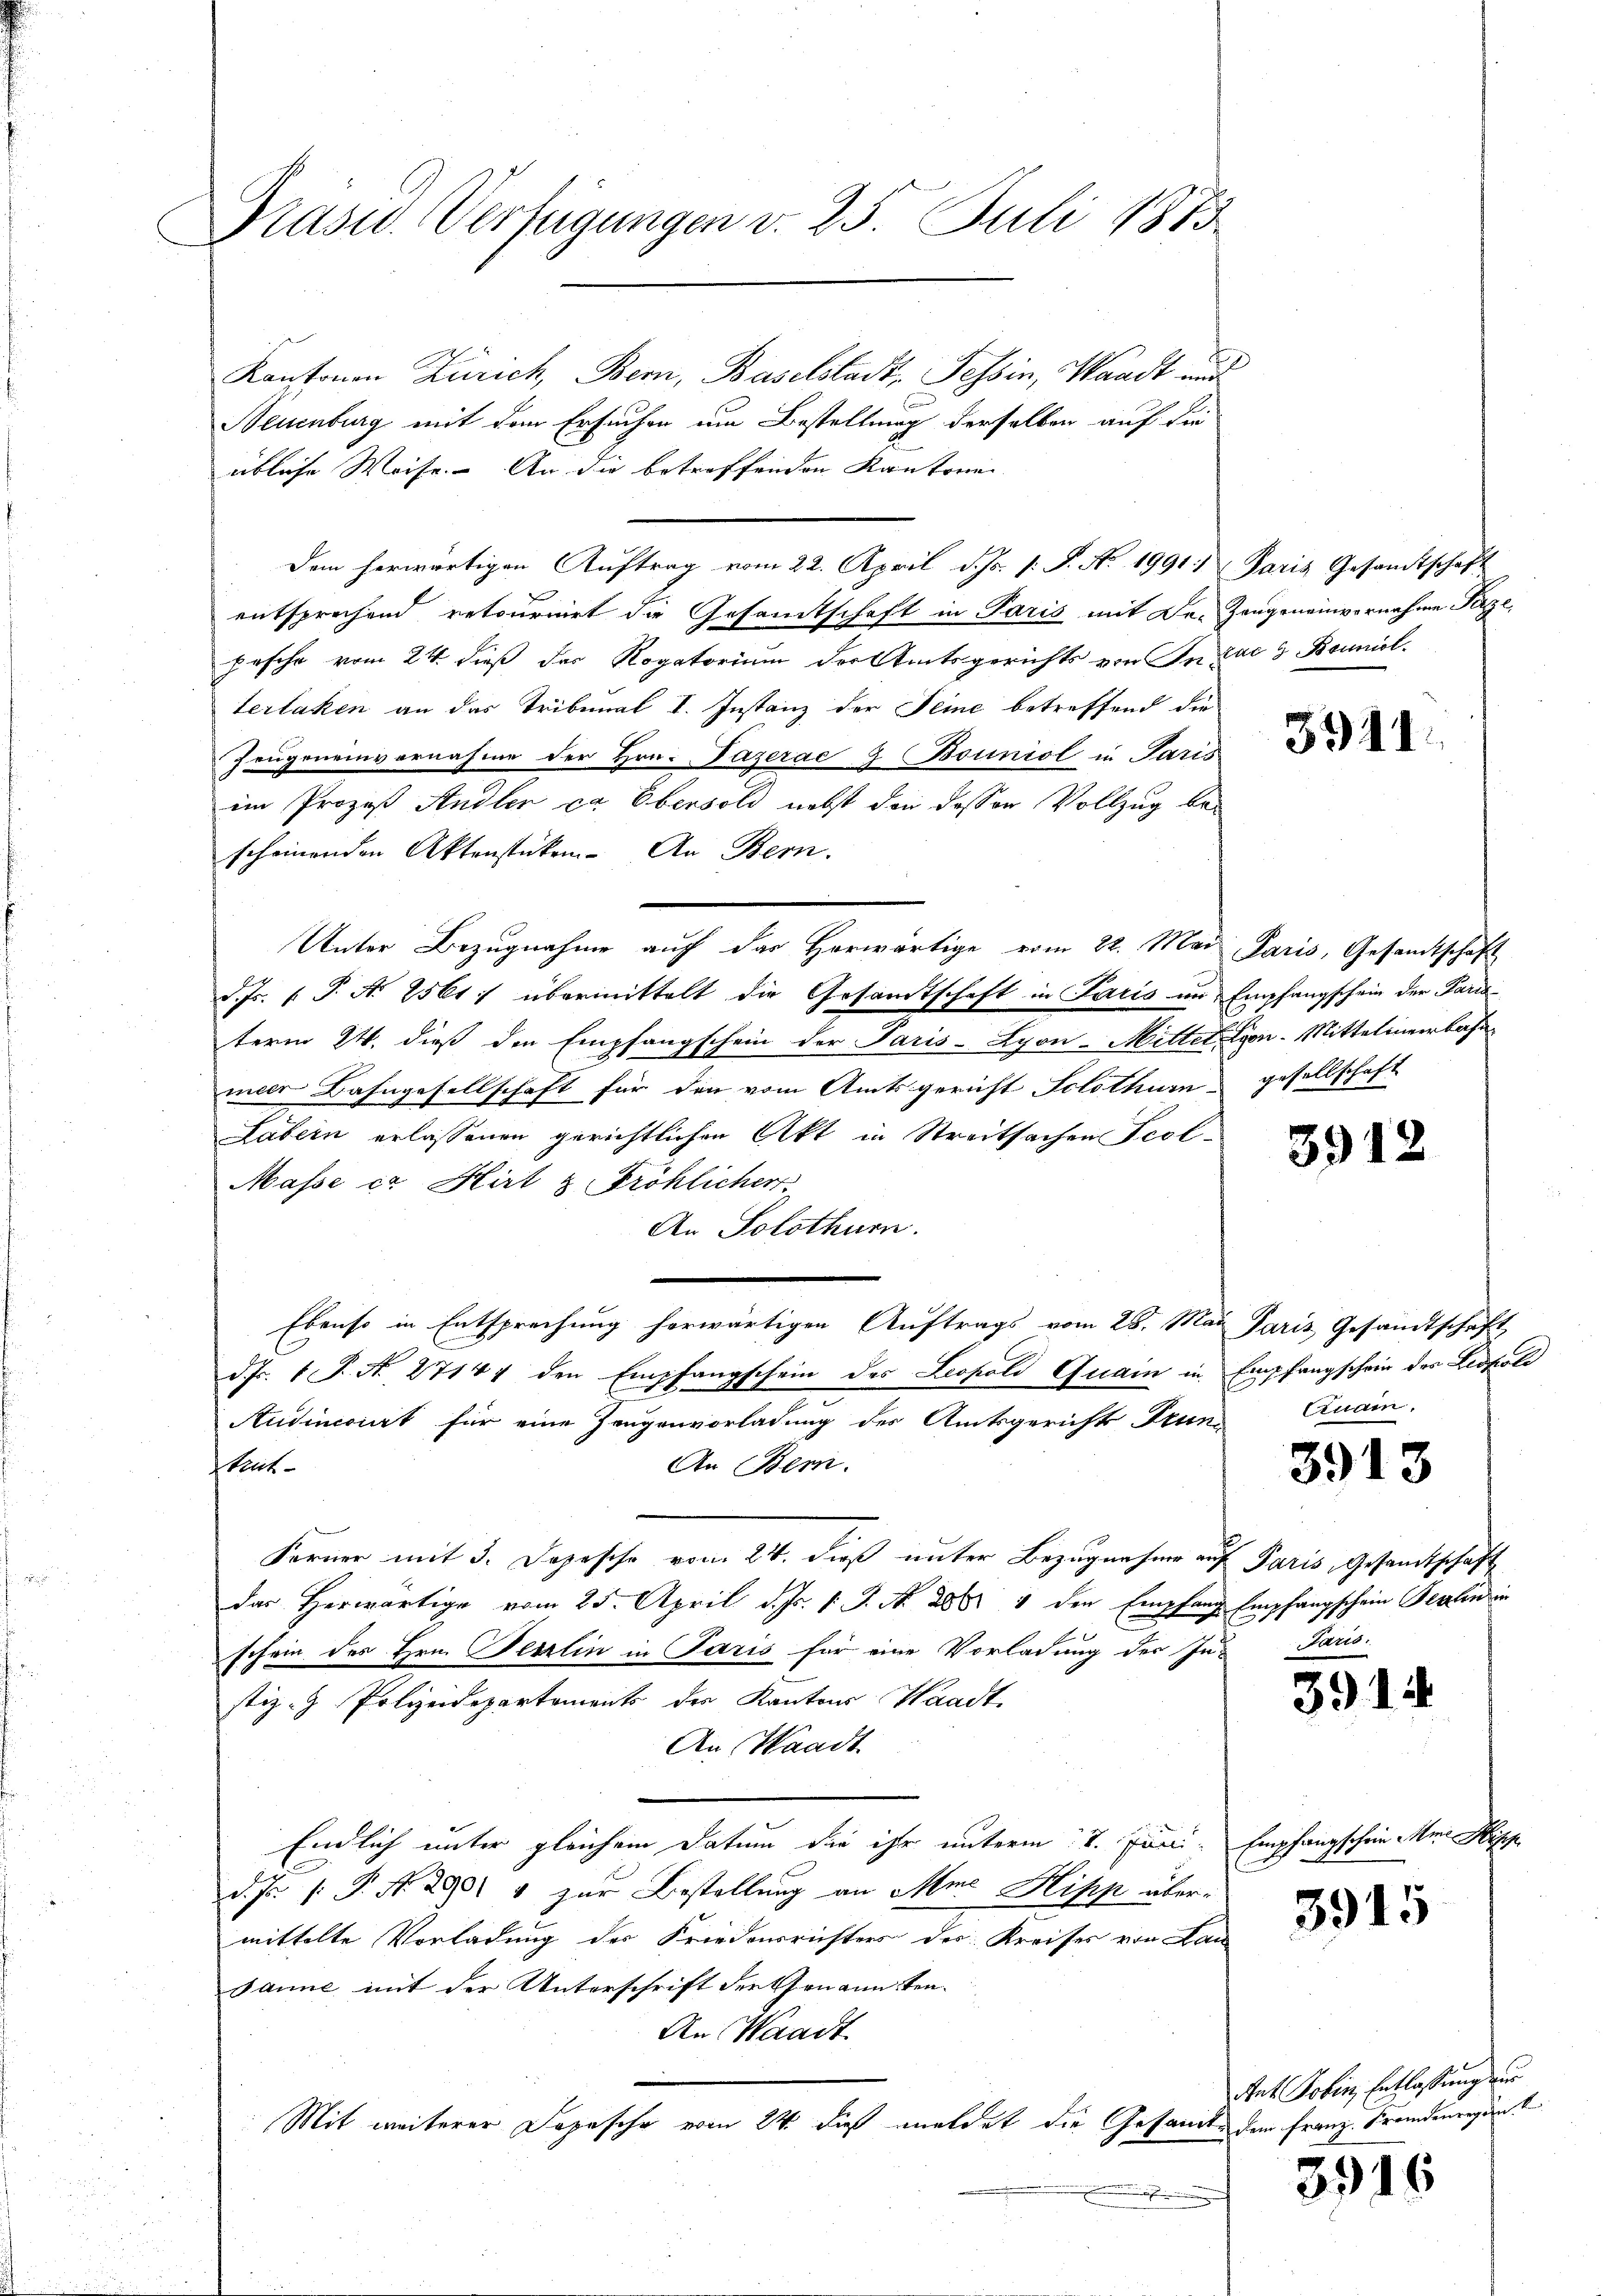
Prasus Verfügungen v. 25. Juli 1873

Kantonen Zürich, Bern, Baselstadt, Tessin, Waadt und
Neuenburg mit dem Ersuchen um Bestellung derselben auf die
übliche Weise. An die betreffenden Kantonen |
entsprechend retournirt die Gesamtschaft in Paris mit Dr. Zeugeneinvernahme Parze
pesche vom 24. dieß der Rogatorium der Amtsgerichts von Incae & Benniolterlaken an das Tribunal I. Instanz der Seine betreffend die
Zeugeneinvernahme der Hrn. Pazerae & Bouniol in Paris
im Prozeß Andler ca Ebensold nebst den dessen Vollzug bescheinenden Aktenstücken. An Bern.
Unter Bezugnahme auch das Horwärtige vom 22. Mai Paris, Gesandtschaft
d. Js. P. A. 2561: übermittelt die Gesandtschaft in Paris um Empfangschein der Paristerm 24. dieß den Empfangschein der Paris - Lyon-Mittel Lyon-Mittelmeerbahn
meer Bahngesellschaft für den vom Amtsgericht Solothurn
Läbern erlassenen gerichtlichen Akt in Streitsachen Scol¬
Masse in Hirt & Fröhlicher
An Solothurn.
Ebenso in Entsprechung herwärtigen Auftrags vom 28. Mai Paris Gesandtschaft
d. Js. 1 P. N. 27141 den Empfangschein des Leopold Quain in Empfangschein des Leopold
Audinconirt für eine Zeugenvorladung des Amtsgerichts Frun-
An Bern.
Staat
Forner mit 3. Depesche vom 24. dieß unter Bezugnahme auf
das Herwärtige vom 25. April d. Js. 1. J. N. 288. 4 den Empfange
schein des Hrn. Herzlin in Paris für eine Vorladung der Instiz - Polizeidepartements der Kantons Waadt,
An Waadt
Endlich unter gleichem Datum die ihr unterm 1. Juni. Empfangschein Mini
d. Js. (: P. Nr. 290 & zur Bestellung an Mine Hipp über-
mittelte Vorladung des Friedensrichters der Kreises von Ban
Janne mit der Unterschrift der Genannten¬
An Waadt
Mit weiterer Depesche vom 24. dieß meldet die Gesandte dem Franz. Fremdenregen b
.

Dem herwärtigen Auftrag vom 22. April d. Js. s. S. No. 19911 Paris Gesandtschaft

3911

gesellschaft

391.

Crnain.

3913

Paris, Gesandtschaft
Empfangschein Berlin in
Jaris.

391.

3915

at Robin, Entlassung zu

3916